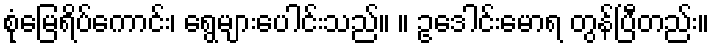
စုံမြေရိပ်ကောင်း၊ ရွေများပေါင်းသည်။ ။ ဥဒေါင်းမောရ တွန်ပြီတည်း။